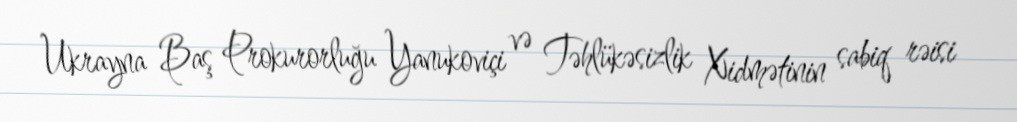
Ukrayna Baş Prokurorluğu Yanukoviçi və Təhlükəsizlik Xidmətinin sabiq rəisi